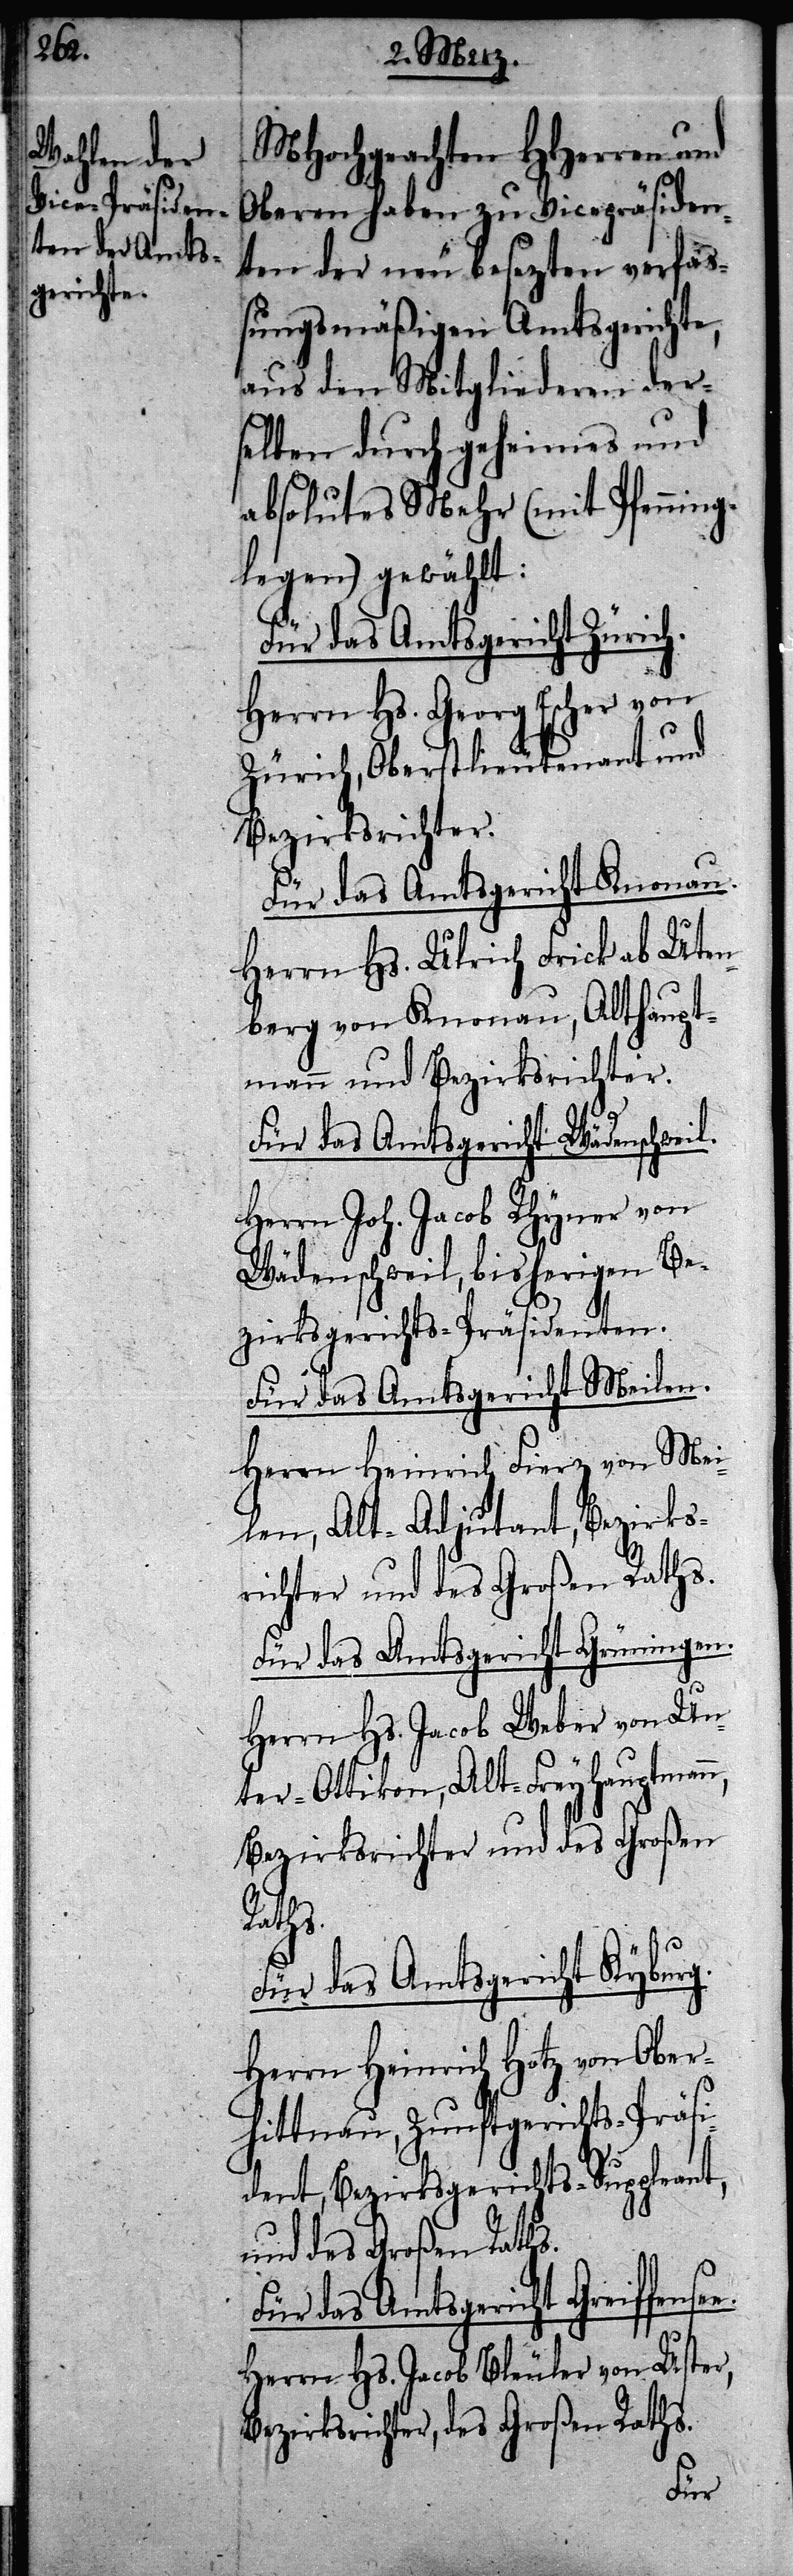
see.

MHochgeachten HHerren
Oberen haben zu Vicepräsiden¬
ten der neu besezten verfa¬
ßungsmäßigen Amtsgerichte,
aus den Mitgliederen der¬
selben durch geheimes und
absolutes Mehr (mit Pfenning¬
legen) gewählt:
Für das Amtsgericht Zürich.
Herrn Hs. Georg Escher von
Zürich, Oberstlieutenant und
Bezirksrichter.
Für das Amtsgericht Knonau.
Herrn Hs. Ulrich Frick ab Uten¬
berg von Knonau, Althaupt¬
mann und Bezirksrichter.
Für das Amtsgericht Wädenschweil.
Herrn Joh. Jacob Rhyner von
Wädenschweil bisherigen Be¬
zirksgerichts-Präsidenten.
Für das Amtsgericht Meilen.
Herrn Heinrich Fierz von Mei¬
len, Alt-Adjutant, Bezirks¬
richter und des Großen Raths.
Für das Amtsgericht Grüningen.
Herrn Hs. Jacob Weber von Un¬
ter-Ottikon, Alt-Freyhauptmann,
Bezirksrichter und des Großen
Raths.
Für das Amtsgericht Kyburg.
Herrn Heinrich Hotz von Ober¬
hittnau, Zunftgerichts-Präsi¬
dent, Bezirksgerichts-Suppleant,
und des Großen Raths.
Für das Amtsgericht Greiffen¬
Herrn Hs. Jacob Bleuler von Uster,
Bezirksrichter, des Großen Raths.